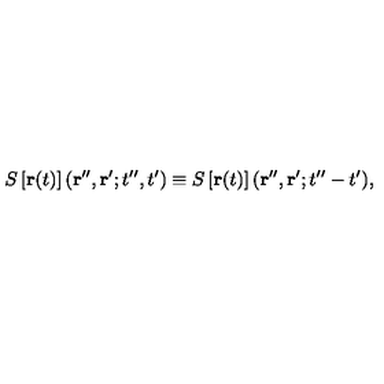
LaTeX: S \left[ { \bf r } ( t ) \right] ( { \bf r } ^ { \prime \prime } , { \bf r } ^ { \prime } ; t ^ { \prime \prime } , t ^ { \prime } ) \equiv S \left[ { \bf r } ( t ) \right] ( { \bf r } ^ { \prime \prime } , { \bf r } ^ { \prime } ; t ^ { \prime \prime } - t ^ { \prime } ) ,